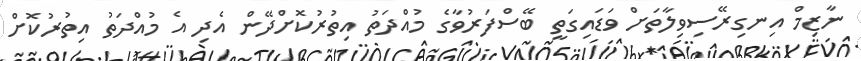
ނާޒިމް އިނގިރޭސިވިލާތަށް ވަޑައިގަތީ ބޭސްފަރުވާގެ މުއްދަތު އިތުރުކޮށްދޭން އެދި އެ މުއްދަތު އިތުރުކޮށް